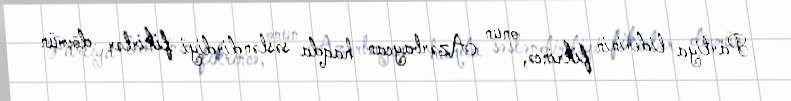
Partiya liderinin fikrincə, onun Azərbaycan haqda səsləndirdiyi fikirlər dövrün